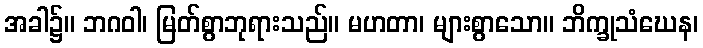
အခါ၌။ ဘဂဝါ၊ မြတ်စွာဘုရားသည်။ မဟတာ၊ များစွာသော။ ဘိက္ခုသံဃေန၊